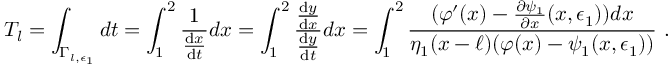
T _ { l } = \int _ { \Gamma _ { l , \epsilon _ { 1 } } } d t = \int _ { 1 } ^ { 2 } \frac { 1 } { \frac { \mathrm { d } x } { \mathrm { d } t } } d x = \int _ { 1 } ^ { 2 } \frac { \frac { \mathrm { d } y } { \mathrm { d } x } } { \frac { \mathrm { d } y } { \mathrm { d } t } } d x = \int _ { 1 } ^ { 2 } \frac { ( \varphi ^ { \prime } ( x ) - \frac { \partial \psi _ { 1 } } { \partial x } ( x , \epsilon _ { 1 } ) ) d x } { \eta _ { 1 } ( x - \ell ) ( \varphi ( x ) - \psi _ { 1 } ( x , \epsilon _ { 1 } ) ) } \ .